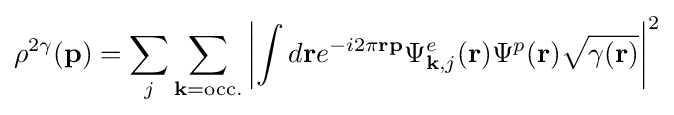
\rho ^{2\gamma }(\mathbf {p} )=\sum _{j}\sum _{\mathbf {k} =\mathrm {occ.} }\left|\int d\mathbf {r} e^{-i2\pi \mathbf {rp} }\Psi _{\mathbf {k} ,j}^{e}(\mathbf {r} )\Psi ^{p}(\mathbf {r} ){\sqrt {\gamma (\mathbf {r} )}}\right|^{2}